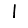
Digit: 1